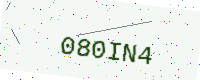
Text: 080IN4